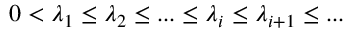
0 < \lambda _ { 1 } \leq \lambda _ { 2 } \leq . . . \leq \lambda _ { i } \leq \lambda _ { i + 1 } \leq . . .